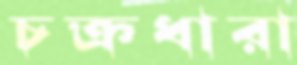
চক্রধারা